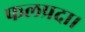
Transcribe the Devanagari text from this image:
फलप्रदा।